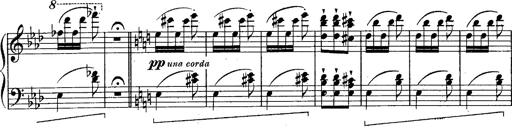
Title: Schubert's Impromptus [revised and edited by Franz Liszt]
Composer: Franz Liszt